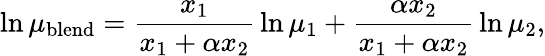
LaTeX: \ln\mu_{\mathrm{blend}}={\frac{x_{1}}{x_{1}+\alpha x_{2}}}\ln\mu_{1}+{\frac{\alpha x_{2}}{x_{1}+\alpha x_{2}}}\ln\mu_{2},